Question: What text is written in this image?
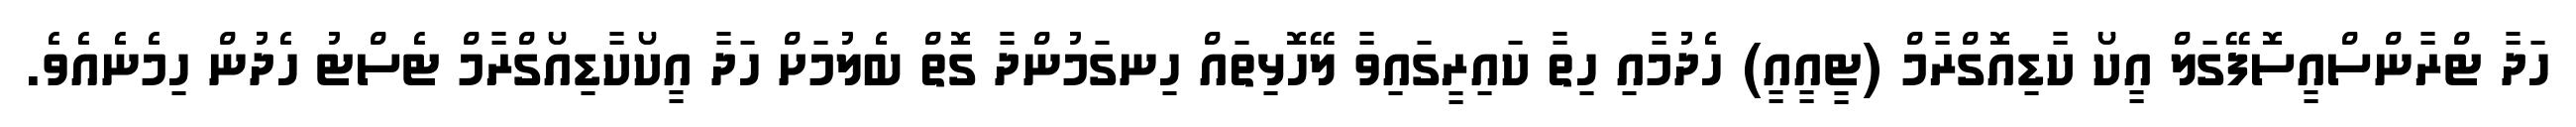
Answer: ހަދާ ޓްރާންސްއީސޮފޭގަލް އީކޯ ކާޑިއޮގްރާމް (ޓީއީއީ) ހެދުމާއި ހިތާ ކައިރީގައިވާ ލޭހޮޅިތައް ހިނގަމުންދާ ގޮތް ބެލުމަށް ހަދާ އީކޯކާޑިއޯގްރާމް ޓެސްޓު ހެދުން ހިމެނެއެވެ.